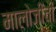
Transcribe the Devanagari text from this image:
मालोजीची